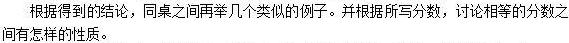
根据得到的结论，同桌之间再举几个类似的例子。并根据所写分数，讨论相等的分数之间有怎样的性质。